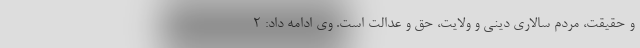
و حقیقت، مردم سالاری دینی و ولایت، حق و عدالت است. وی ادامه داد: ۲